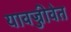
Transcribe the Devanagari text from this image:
यावज्जीवेत